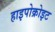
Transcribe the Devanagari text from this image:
हाइपोक्रोइट